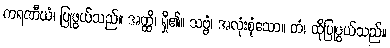
ကရဏီယံ၊ ပြုဖွယ်သည်။ အတ္ထိ၊ ရှိ၏။ သဗ္ဗံ၊ အလုံးစုံသော။ တံ၊ ထိုပြုဖွယ်သည်။